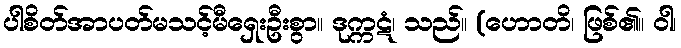
ပါစိတ်အာပတ်မသင့်မီရှေးဦးစွာ။ ဒုက္ကဋံ၊ သည်။ (ဟောတိ၊ ဖြစ်၏။ ဝါ၊